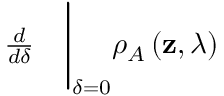
\begin{array} { r l } { \frac { d } { d \delta } } & { { } \Bigg \vert _ { \delta = 0 } \rho _ { A } \left( \mathbf { z } , \lambda \right) } \end{array}